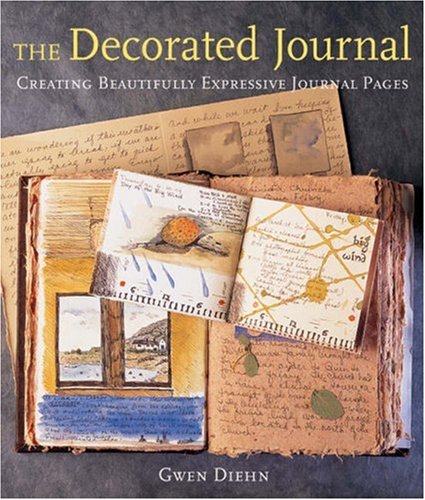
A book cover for The Decorated Journal: Creating Beautifully Expressive Journal Pages; Gwen Diehn; Self-Help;